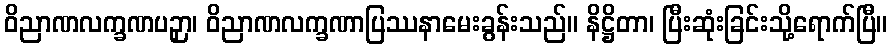
ဝိညာဏလက္ခဏပဉှာ၊ ဝိညာဏလက္ခဏာပြဿနာမေးခွန်းသည်။ နိဋ္ဌိတာ၊ ပြီးဆုံးခြင်းသို့ရောက်ပြီ။